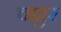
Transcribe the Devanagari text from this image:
चाहुर